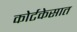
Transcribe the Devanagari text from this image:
कोर्टकेसात